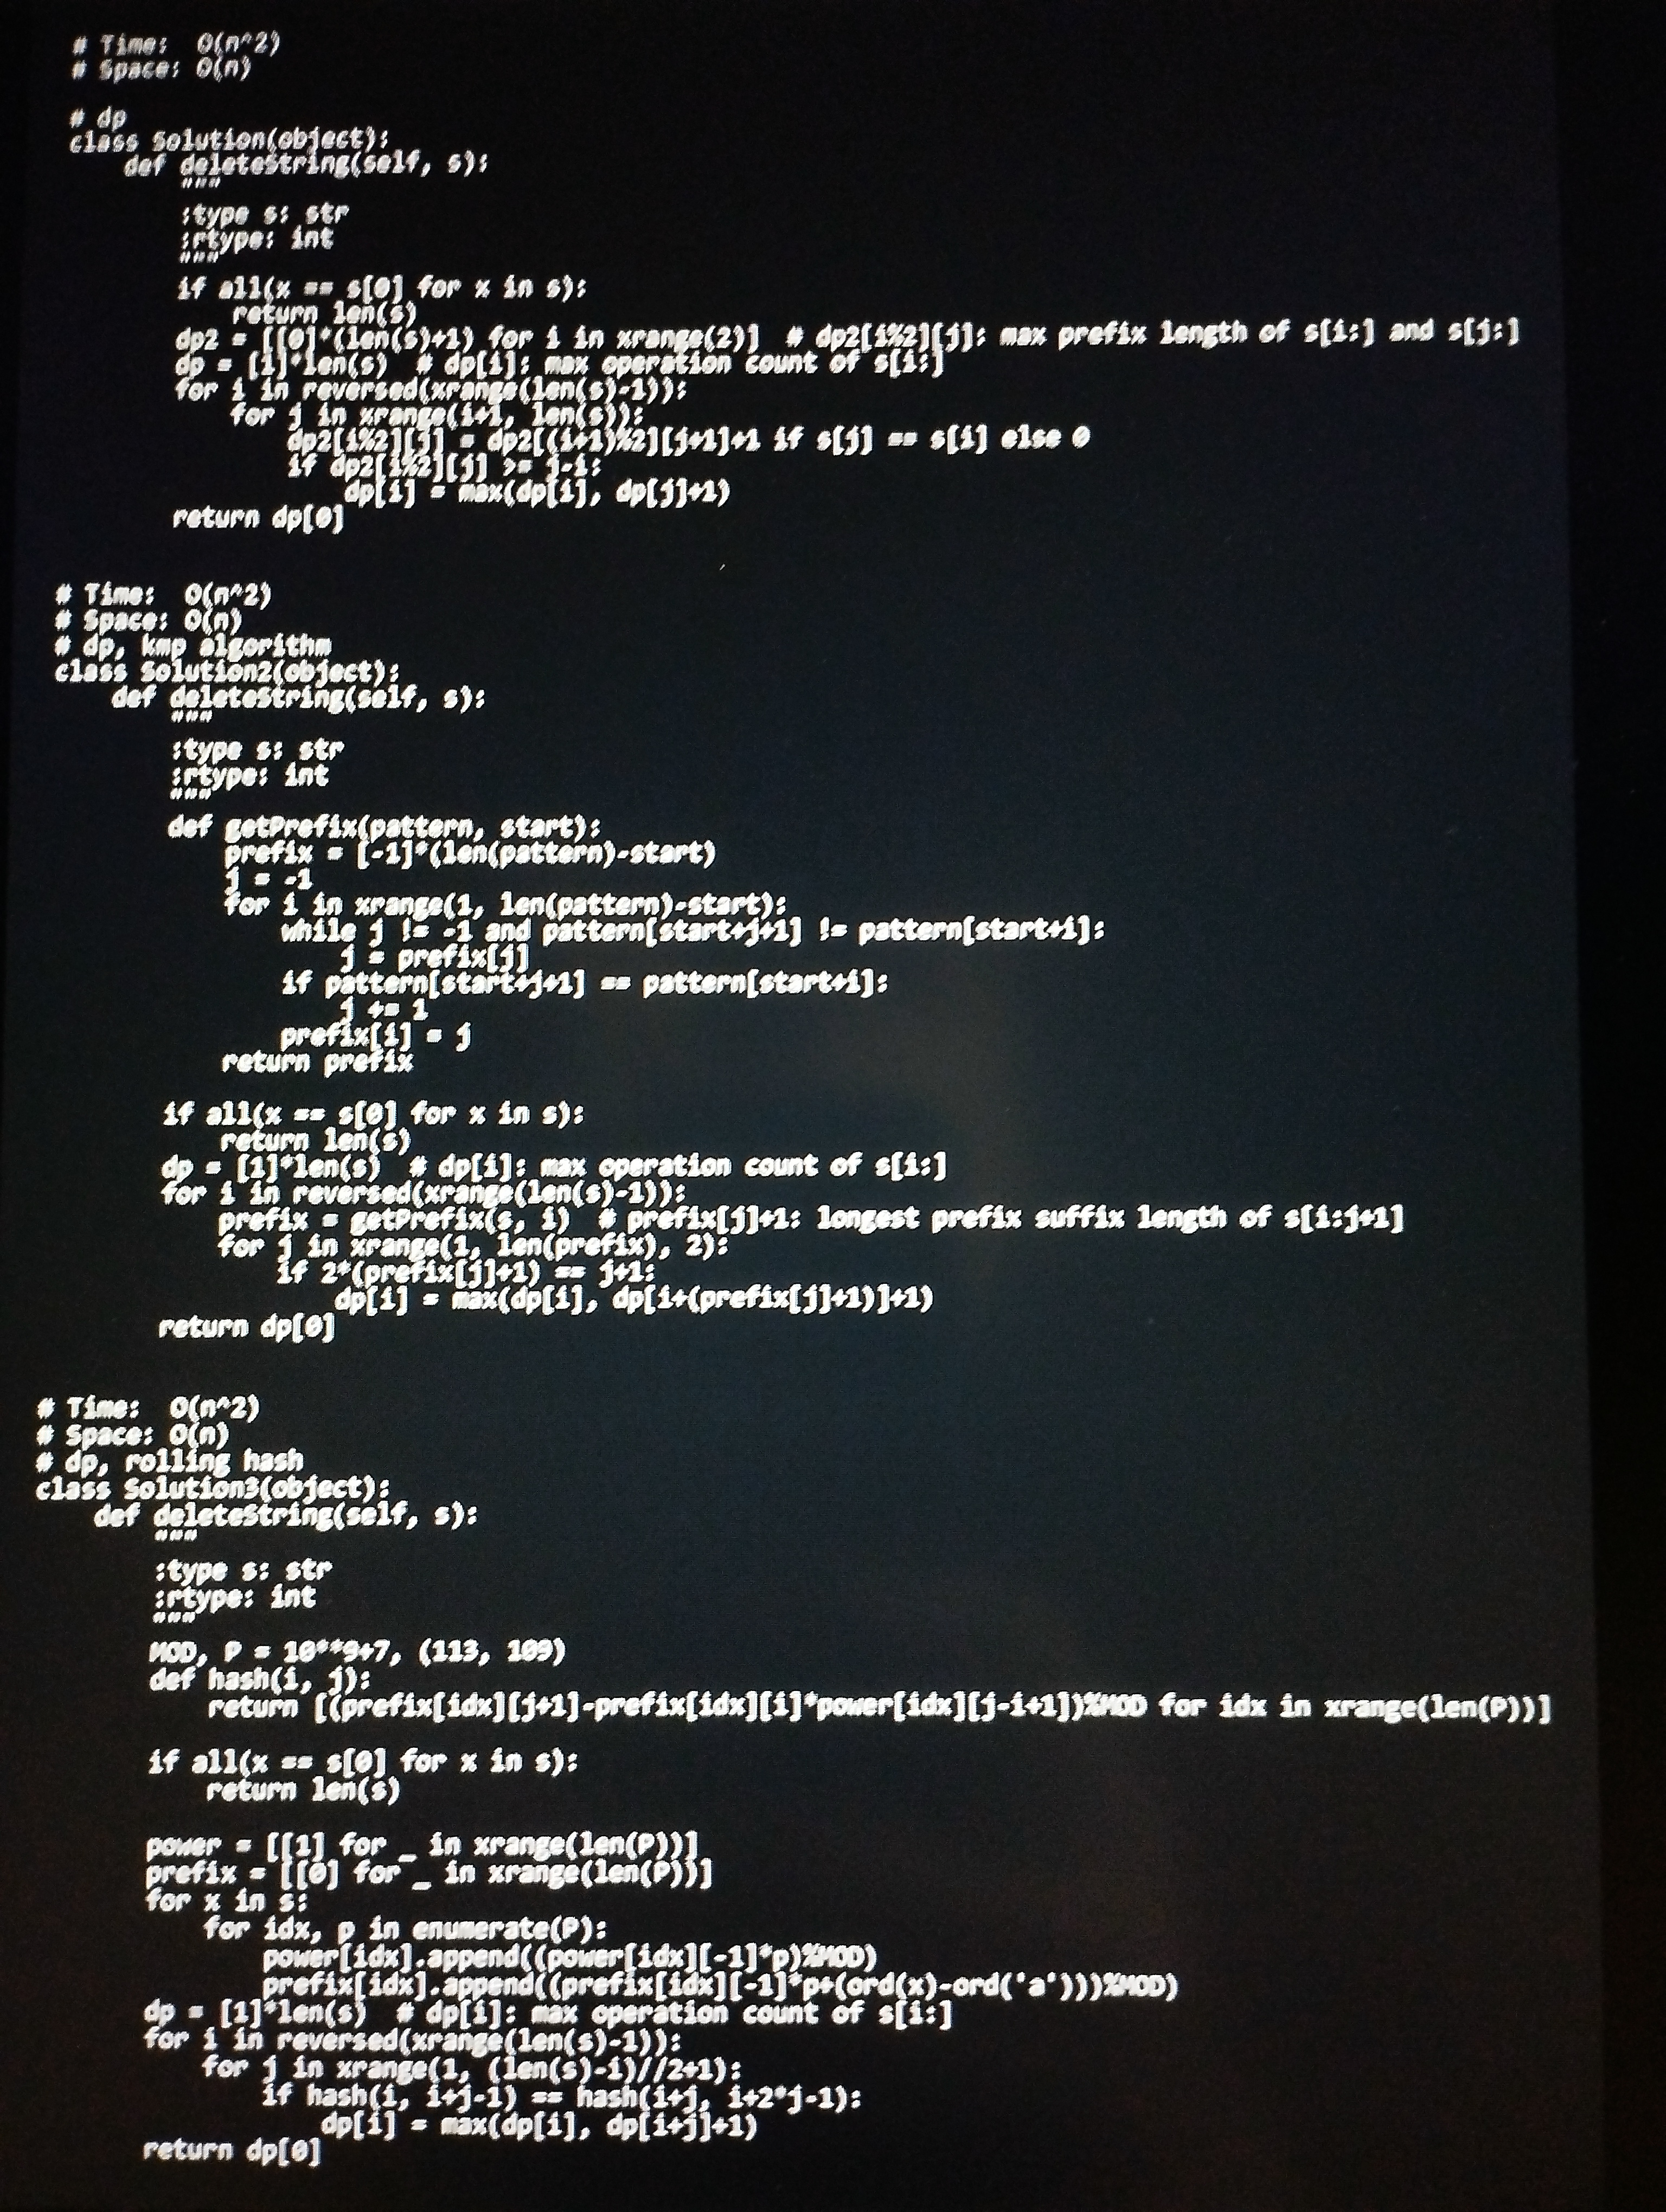
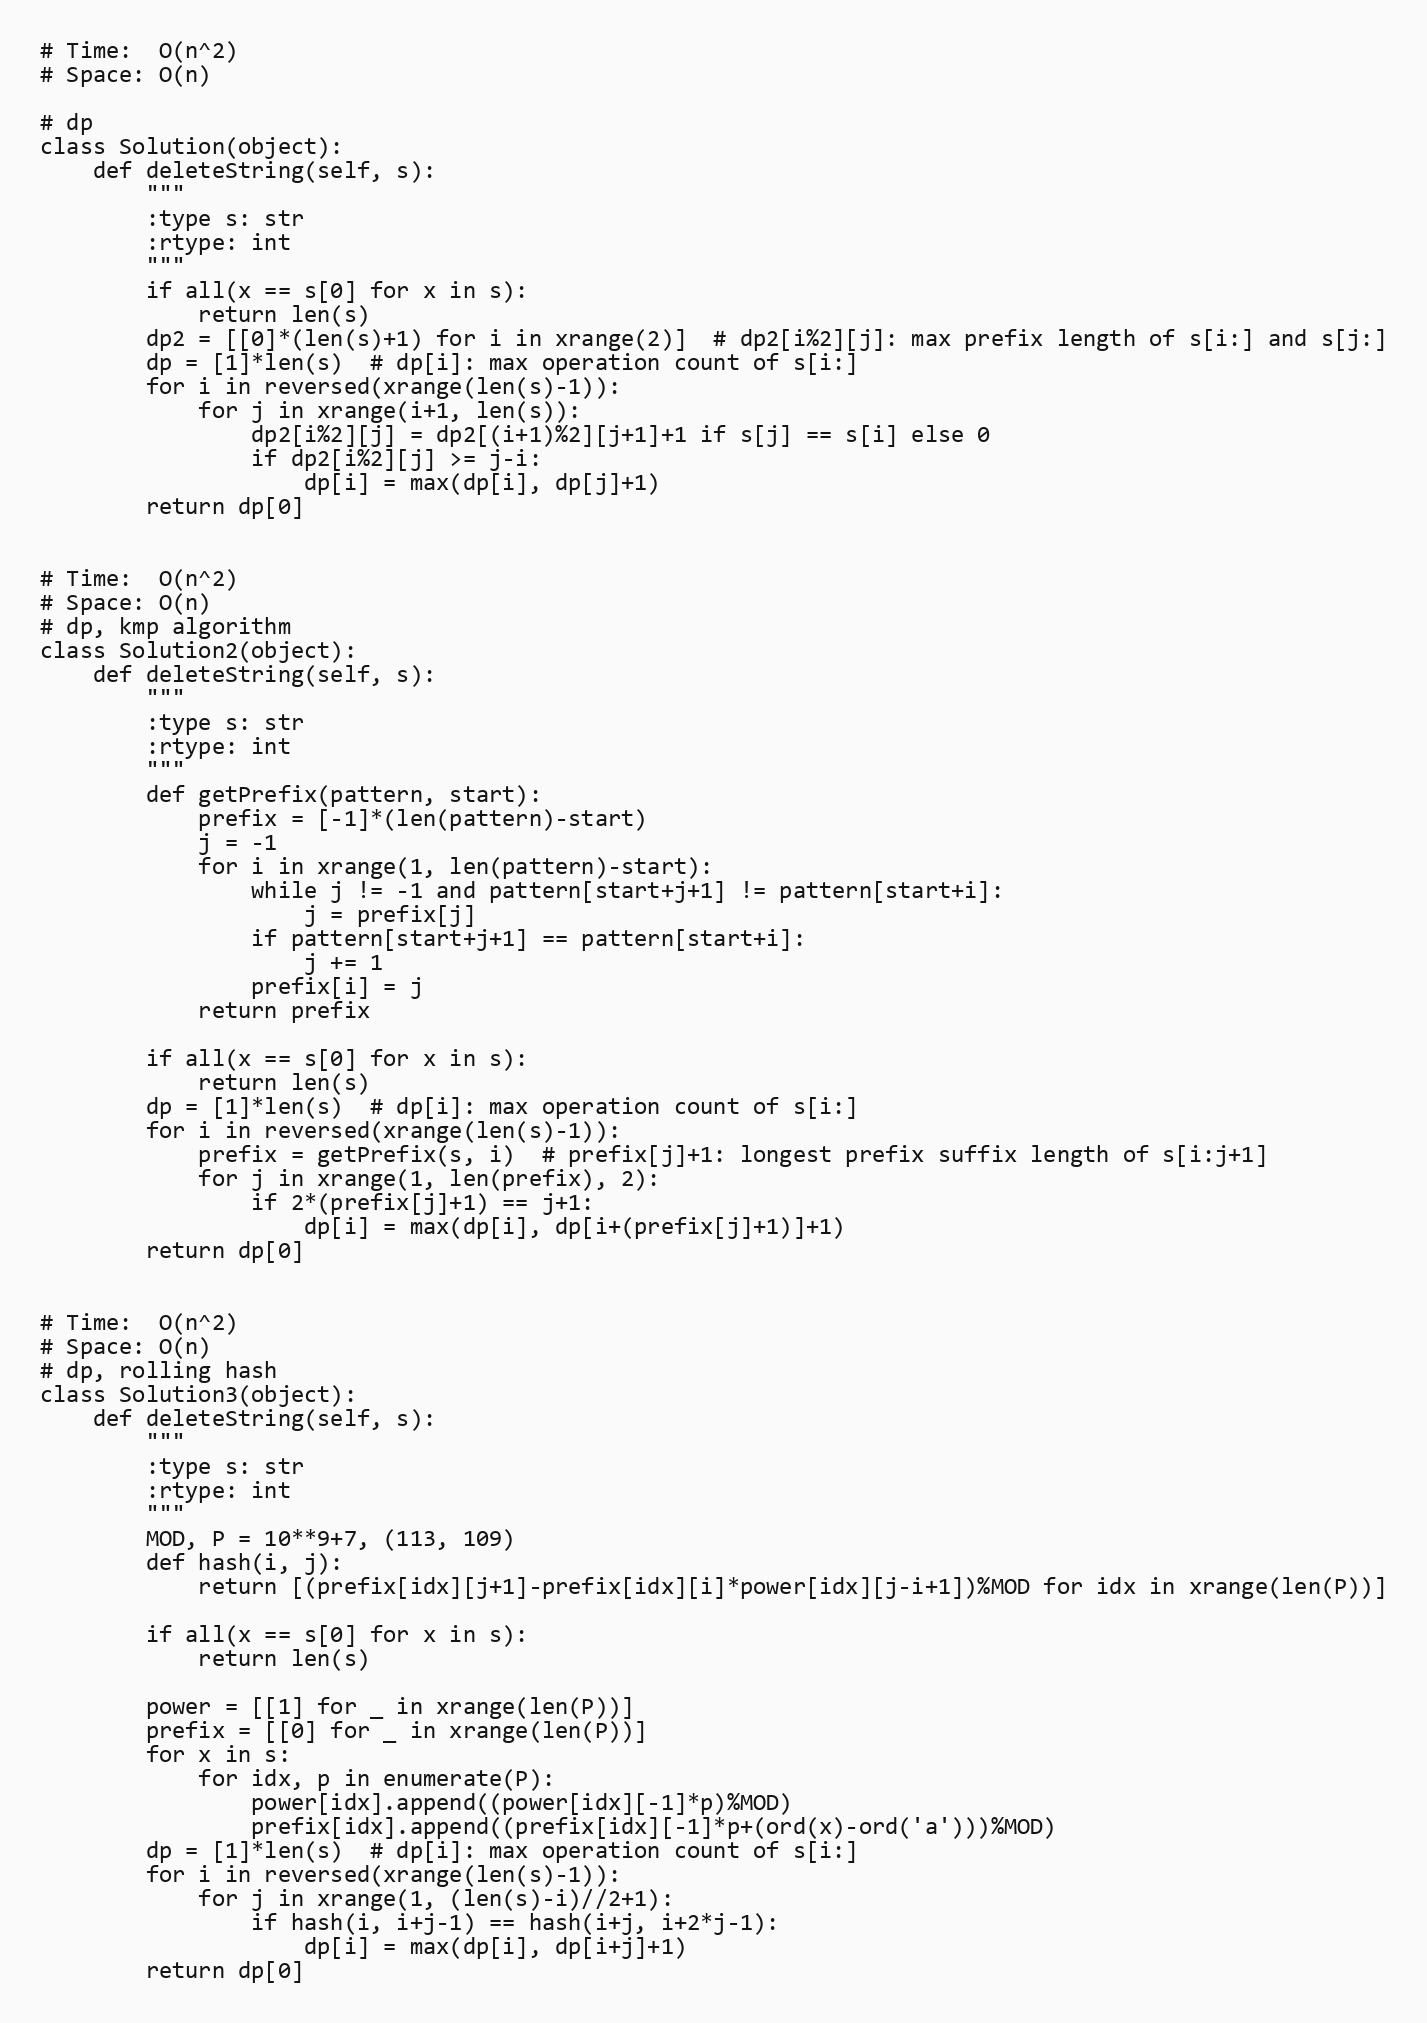
# Time:  O(n^2)
# Space: O(n)

# dp
class Solution(object):
    def deleteString(self, s):
        """
        :type s: str
        :rtype: int
        """
        if all(x == s[0] for x in s):
            return len(s)
        dp2 = [[0]*(len(s)+1) for i in xrange(2)]  # dp2[i%2][j]: max prefix length of s[i:] and s[j:]
        dp = [1]*len(s)  # dp[i]: max operation count of s[i:]
        for i in reversed(xrange(len(s)-1)):
            for j in xrange(i+1, len(s)):
                dp2[i%2][j] = dp2[(i+1)%2][j+1]+1 if s[j] == s[i] else 0
                if dp2[i%2][j] >= j-i:
                    dp[i] = max(dp[i], dp[j]+1)
        return dp[0]

# Time:  O(n^2)
# Space: O(n)
# dp, kmp algorithm
class Solution2(object):
    def deleteString(self, s):
        """
        :type s: str
        :rtype: int
        """
        def getPrefix(pattern, start):
            prefix = [-1]*(len(pattern)-start)
            j = -1
            for i in xrange(1, len(pattern)-start):
                while j != -1 and pattern[start+j+1] != pattern[start+i]:
                    j = prefix[j]
                if pattern[start+j+1] == pattern[start+i]:
                    j += 1
                prefix[i] = j
            return prefix

        if all(x == s[0] for x in s):
            return len(s)
        dp = [1]*len(s)  # dp[i]: max operation count of s[i:]
        for i in reversed(xrange(len(s)-1)):
            prefix = getPrefix(s, i)  # prefix[j]+1: longest prefix suffix length of s[i:j+1]
            for j in xrange(1, len(prefix), 2):
                if 2*(prefix[j]+1) == j+1:
                    dp[i] = max(dp[i], dp[i+(prefix[j]+1)]+1)
        return dp[0]

# Time:  O(n^2)
# Space: O(n)
# dp, rolling hash
class Solution3(object):
    def deleteString(self, s):
        """
        :type s: str
        :rtype: int
        """
        MOD, P = 10**9+7, (113, 109)
        def hash(i, j):
            return [(prefix[idx][j+1]-prefix[idx][i]*power[idx][j-i+1])%MOD for idx in xrange(len(P))]

        if all(x == s[0] for x in s):
            return len(s)

        power = [[1] for _ in xrange(len(P))]
        prefix = [[0] for _ in xrange(len(P))]
        for x in s:
            for idx, p in enumerate(P):
                power[idx].append((power[idx][-1]*p)%MOD)
                prefix[idx].append((prefix[idx][-1]*p+(ord(x)-ord('a')))%MOD)
        dp = [1]*len(s)  # dp[i]: max operation count of s[i:]
        for i in reversed(xrange(len(s)-1)):
            for j in xrange(1, (len(s)-i)//2+1):
                if hash(i, i+j-1) == hash(i+j, i+2*j-1):
                    dp[i] = max(dp[i], dp[i+j]+1)
        return dp[0]